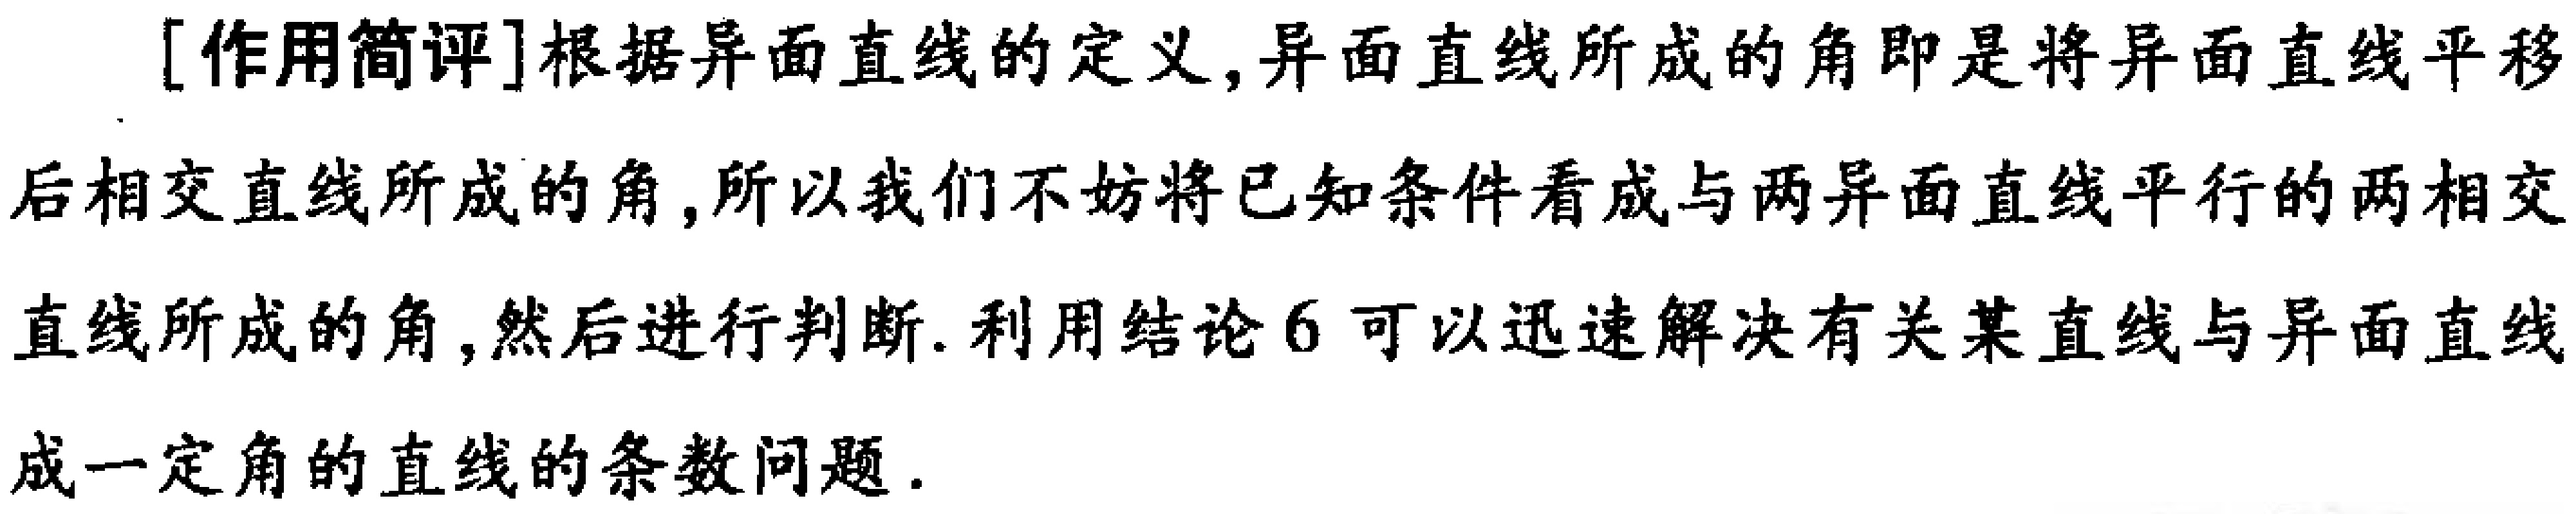
[作用简评]根据异面直线的定义,异面直线所成的角即是将异面直线平移
后相交直线所成的角,所以我们不妨将已知条件看成与两异面直线平行的两相交
直线所成的角,然后进行判断. 利用结论 6 可以迅速解决有关某直线与异面直线
成一定角的直线的条数问题.